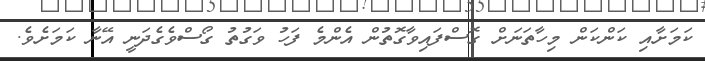
ކަމަށާއި ކަންކަން މިހާތަނަށް ގޮސްފައިވާގޮތުން އެންމެ ފަހު ވަގުތު ގޯސްވެގެދަނީ އޭނާ ކަމަށެވެ.